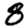
Digit: 8